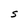
Character: S